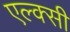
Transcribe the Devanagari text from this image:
एल्क्सी